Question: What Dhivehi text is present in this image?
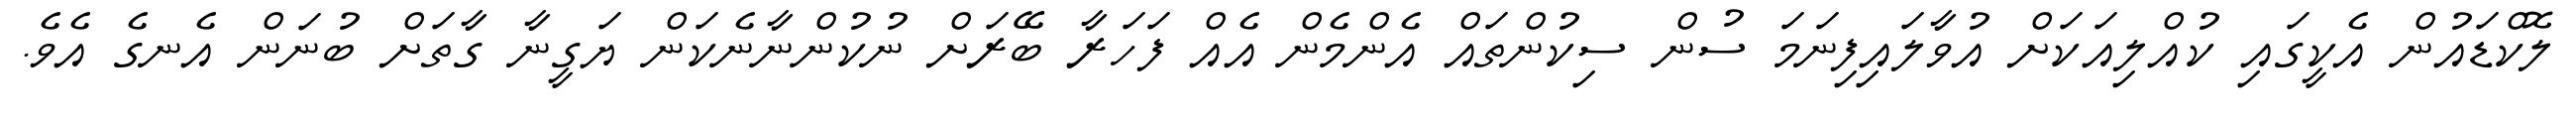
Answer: ލޮކްޑައުން އެކީގައި ކުއްލިއަކަށް އުވާލައިފިނަމަ ސުން ސިކުންތައް އެންމެން އެއް ފަހަރާ ބޭރަށް ނުކުންނާނެކަން ޔަގީނާ ގާތަށް ބުނަން އެނގެ އެވެ.